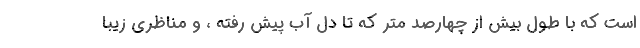
است که با طول بیش از چهارصد متر که تا دل آب پیش رفته ، و مناظری زیبا